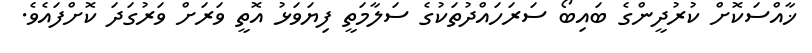
ޚާއްސަކޮށް ކުރުދީންގެ ބައިބޯ ސަރަހައްދުތަކުގެ ސަލާމަތީ ފިޔަވަޅު އޮތީ ވަރަށް ވަރުގަދަ ކޮށްފައެވެ.